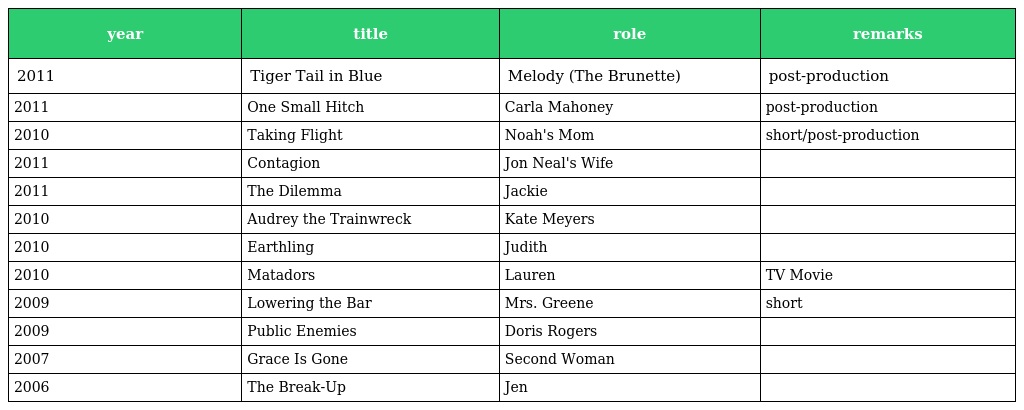
| year | title | role | remarks |
 | --- | --- | --- | --- |
 | 2011 | Tiger Tail in Blue | Melody (The Brunette) | post-production |
 | 2011 | One Small Hitch | Carla Mahoney | post-production |
 | 2010 | Taking Flight | Noah's Mom | short/post-production |
 | 2011 | Contagion | Jon Neal's Wife |  |
 | 2011 | The Dilemma | Jackie |  |
 | 2010 | Audrey the Trainwreck | Kate Meyers |  |
 | 2010 | Earthling | Judith |  |
 | 2010 | Matadors | Lauren | TV Movie |
 | 2009 | Lowering the Bar | Mrs. Greene | short |
 | 2009 | Public Enemies | Doris Rogers |  |
 | 2007 | Grace Is Gone | Second Woman |  |
 | 2006 | The Break-Up | Jen |  |